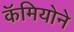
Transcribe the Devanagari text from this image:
कॅमियोने